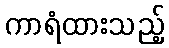
ကာရံထားသည့်